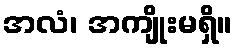
အလံ၊ အကျိုးမရှိ။